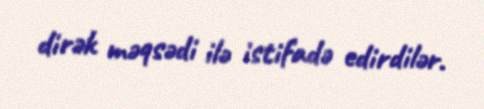
dirək məqsədi ilə istifadə edirdilər.